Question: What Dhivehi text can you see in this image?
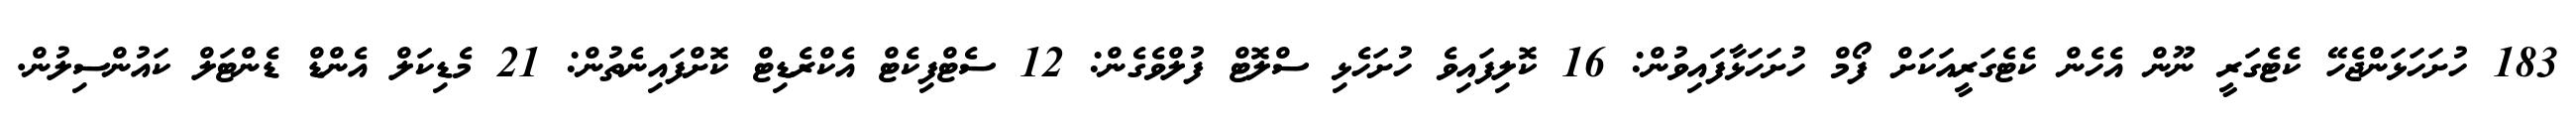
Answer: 183 ހުށަހަޅަންޖެހޭ ކެޓެގަރީ ނޫން އެހެން ކެޓެގަރީއަކަށް ފޯމް ހުށަހަޅާފައިވުން: 16 ކޮލިފައިވެ ހުށަހެޅި ސްލޮޓް ފުލްވެގެން: 12 ސެޓްފިކެޓް އެކްރެޑިޓް ކޮށްފައިނެތުން: 21 މެޑިކަލް އެންޑް ޑެންޓަލް ކައުންސިލުން.